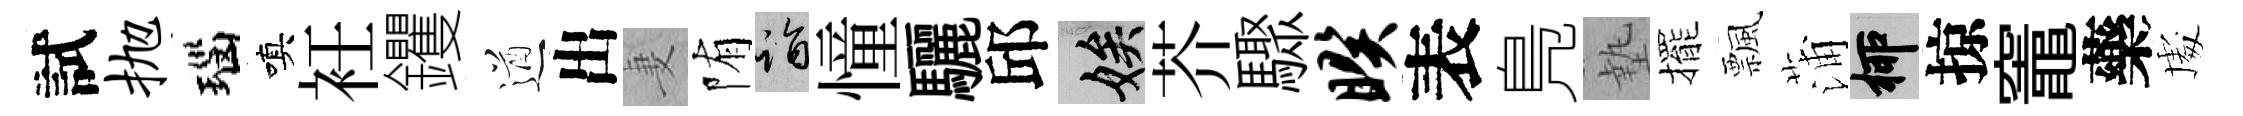
試抛瑙嗔衽钁遒出妻陏诣憧驪邱娭芥驟暌表鳬墊擺飄蒲柳掠竈藥䖏